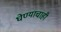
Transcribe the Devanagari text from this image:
घेण्याचाही